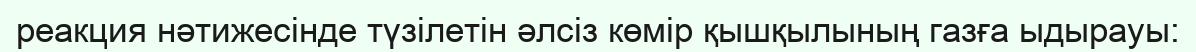
реакция нәтижесінде түзілетін әлсіз көмір қышқылының газға ыдырауы: